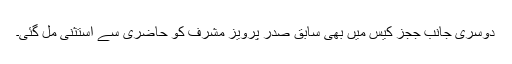
دوسری جانب ججز کیس میں بھی سابق صدر پرویز مشرف کو حاضری سے استثنی مل گئی۔